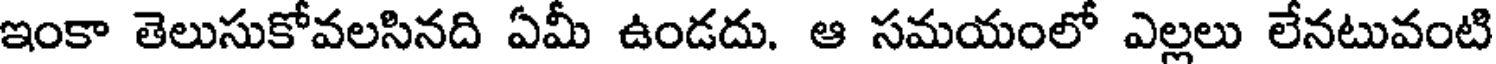
ఇంకా తెలుసుకోవలసినది ఏమీ ఉండదు. ఆ సమయంలో ఎల్లలు లేనటువంటి